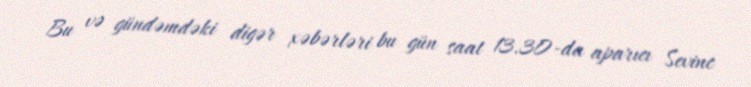
Bu və gündəmdəki digər xəbərləri bu gün saat 13.30-da aparıcı Sevinc